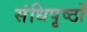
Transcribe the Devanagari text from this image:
संधिपृष्ठों